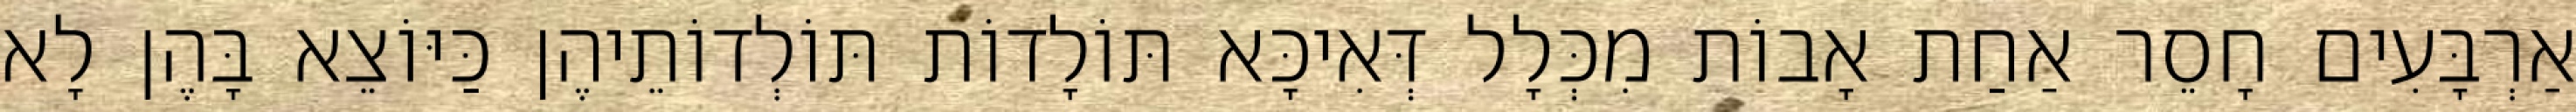
אַרְבָּעִים חָסֵר אַחַת אָבוֹת מִכְּלָל דְּאִיכָּא תּוֹלָדוֹת תּוֹלְדוֹתֵיהֶן כַּיּוֹצֵא בָּהֶן לָא